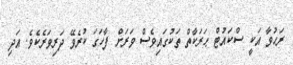
ރަޙުވާ އަކީ ސްކައުޓް ޙަރަކާތް ތަކުގައިވެސް ވަރަށް ފާހަގަ ކުރެވޭ ދަރިވަރެކެވެ. އަދި